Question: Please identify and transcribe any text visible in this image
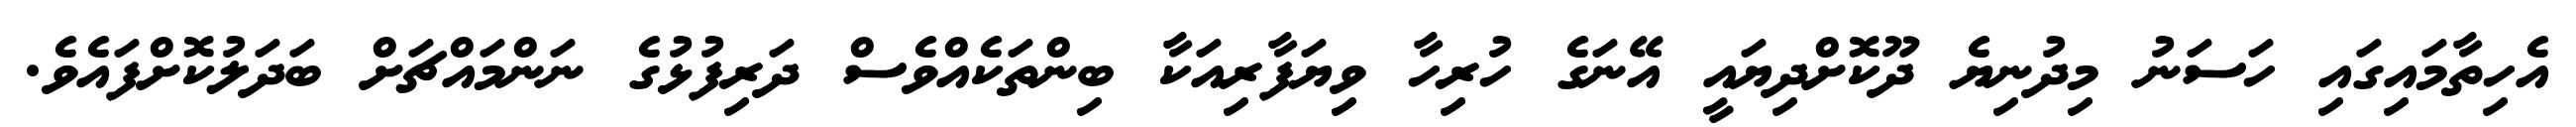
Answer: އެހިތާމައިގައި ހަސަނު މިދުނިޔެ ދޫކޮށްދިޔައީ އޭނަގެ ހުރިހާ ވިޔަފާރިއަކާ ބިންތަކެއްވެސް ދަރިފުޅުގެ ނަންމައްޗަށް ބަދަލުކޮށްފައެވެ.